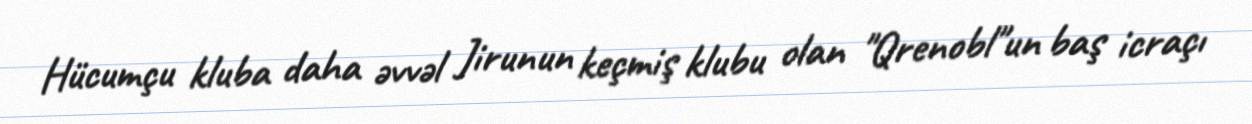
Hücumçu kluba daha əvvəl Jirunun keçmiş klubu olan "Qrenobl"un baş icraçı